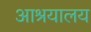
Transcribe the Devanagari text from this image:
आश्रयालय